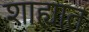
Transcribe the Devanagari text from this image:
शाह्यात